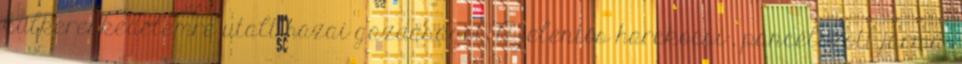
külkereskedelemre utalt hazai gazdaságot. A jelentős harckocsi-, páncélozott jármű-